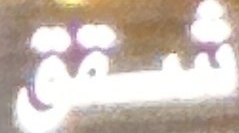
شقق